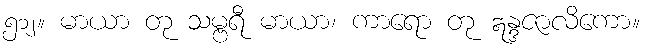
၅၁၂။ မာယာ တု သမ္ဗရီ မာယာ၊ ကာရော တု ဣန္ဒဇာလိကော။